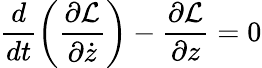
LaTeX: \frac{d}{dt}\left(\frac{\partial\cal{L}}{\partial\dot{z}}\right)-\frac{\partial{\cal{L}}}{\partial z}=0